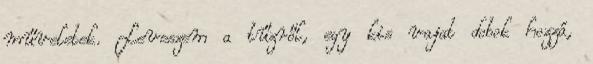
műveletek. Leveszem a tűzről, egy kis vajat dobok hozzá,